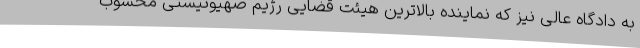
به دادگاه عالی نیز که نماینده بالاترین هیئت قضایی رژیم صهیونیستی محسوب